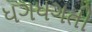
ધગધગતી